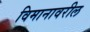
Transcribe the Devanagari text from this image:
विमानावरील